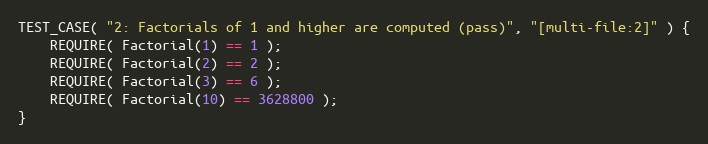
Language: C++
TEST_CASE( "2: Factorials of 1 and higher are computed (pass)", "[multi-file:2]" ) {
    REQUIRE( Factorial(1) == 1 );
    REQUIRE( Factorial(2) == 2 );
    REQUIRE( Factorial(3) == 6 );
    REQUIRE( Factorial(10) == 3628800 );
}